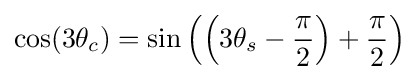
\cos(3\theta _{c})=\sin \left(\left(3\theta _{s}-{\frac {\pi }{2}}\right)+{\frac {\pi }{2}}\right)